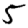
Digit: 5